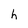
Character: h